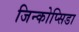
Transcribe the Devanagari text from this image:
जिन्कोप्सिडा